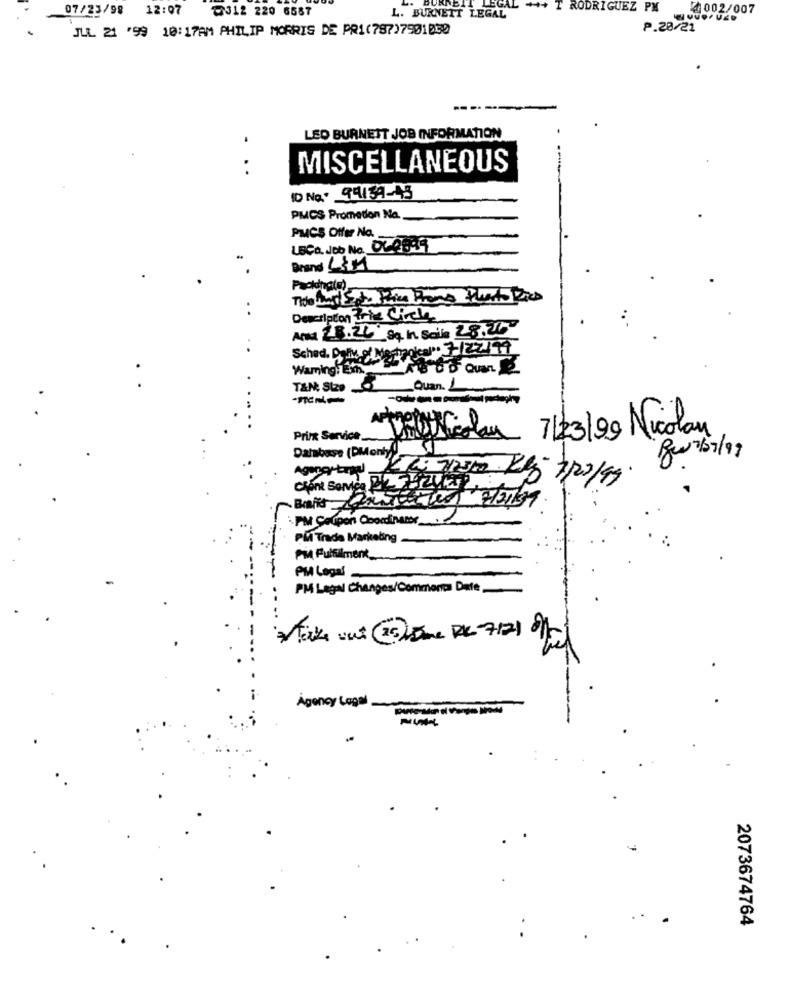
07/23/98 12:07
EGAL
*+
RODRIGUEZ PM
4002/007
-312 220 6587
L. BURNETT LEGAL
LOVOUED
JUL 21 '99 10:17AM PHILIP MORRIS DE PR1(787)7901830
P.20/21
LEO BURNETT JOB INFORMATION
.
. .
MISCELLANEOUS
ID No.º 99139-43
PMCS Prometion Na
PMCS Offer No.
LBCa. Job No. 06-0819
Brand 4:11
..
Description Prie Circle
Anna 28.26 Sq in Sain 28.260
Schod. Dalive of Mertpocal. 7 /22/19
Waming: Em.
TENt Size 8 Quan. L
7/23/29 Nicolay
Pri/ Service,
Bow 6 /9
Agung trau_
Chent Somvica
Bahis Carezze 7/21139.
PM Coupon Coordinator
PM Trade Marketing
PM Fulfilment_
PM Legal
PM Legal Changes/Comments Date
take out (26) Dame RK 7121 /0-
Agency Legal
-----
2073674764